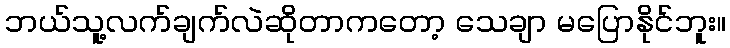
ဘယ်သူ့လက်ချက်လဲဆိုတာကတော့ သေချာ မပြောနိုင်ဘူး။